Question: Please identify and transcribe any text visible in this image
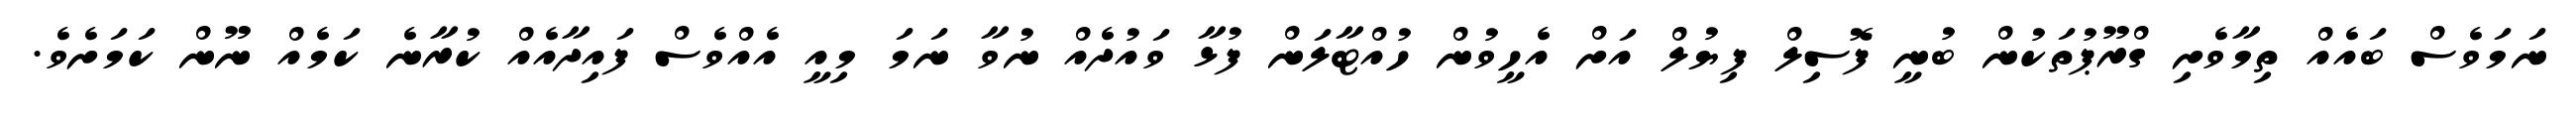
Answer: ނަމަވެސް ބައެއް ތިމާވެށި ގްރޫޕުތަކުން ބުނީ ފޮސިލް ފިޔުލް އަށް އެހީވުން ހުއްޓާލަން ފުޅާ ވައުދެއް ނުވާ ނަމަ މިއީ އެއްވެސް ފައިދާއެއް ކުރާނެ ކަމެއް ނޫން ކަމަށެވެ.